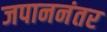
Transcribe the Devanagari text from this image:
जपाननंतर